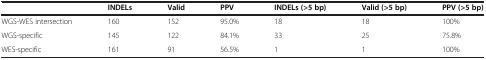
|  | INDELs | Valid | PPV | INDELs (>5 bp) | Valid (>5 bp) | PPV (>5 bp) |
 | --- | --- | --- | --- | --- | --- | --- |
 | WGS-WES intersection | 160 | 152 | 95.0% | 18 | 18 | 100% |
 | WGS-specific | 145 | 122 | 84.1% | 33 | 25 | 75.8% |
 | WES-specific | 161 | 91 | 56.5% | 1 | 1 | 100% |